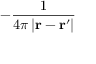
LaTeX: - { \frac { 1 } { 4 \pi \left| \mathbf { r } - \mathbf { r } ^ { \prime } \right| } }